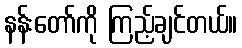
နန်းတော်ကို ကြည့်ချင်တယ်။